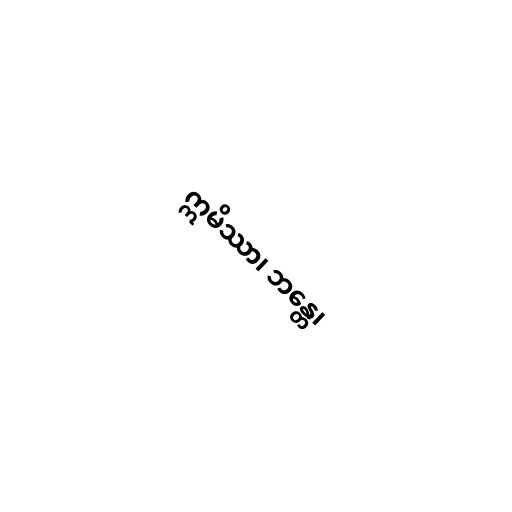
ဣမိဿာ၊ ဘန္တေ၊